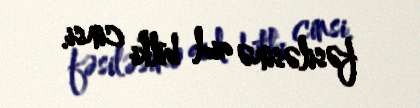
fəsiləsinə aid bitki cinsi.